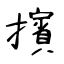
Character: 擯